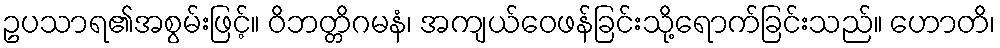
ဥပသာရ၏အစွမ်းဖြင့်။ ဝိဘတ္တိဂမနံ၊ အကျယ်ဝေဖန်ခြင်းသို့ရောက်ခြင်းသည်။ ဟောတိ၊